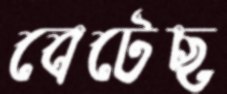
বেটেছ